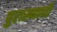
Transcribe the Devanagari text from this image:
पुराख्यानी